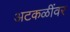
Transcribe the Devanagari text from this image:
अटकळींवर